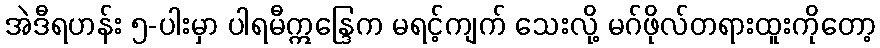
အဲဒီရဟန်း ၅-ပါးမှာ ပါရမီဣန္ဒြေက မရင့်ကျက် သေးလို့ မဂ်ဖိုလ်တရားထူးကိုတော့